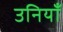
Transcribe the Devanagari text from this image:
उनियाँ